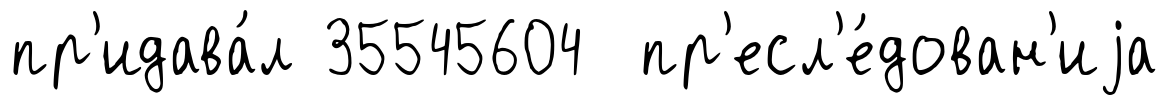
пр'идава́л 35545604 пр'есл'е́дован'иjа